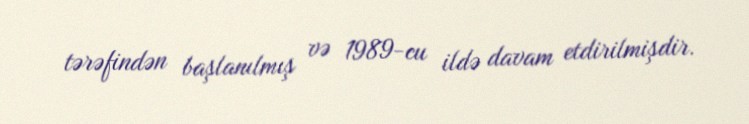
tərəfindən başlanılmış və 1989-cu ildə davam etdirilmişdir.